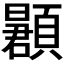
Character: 𬱌